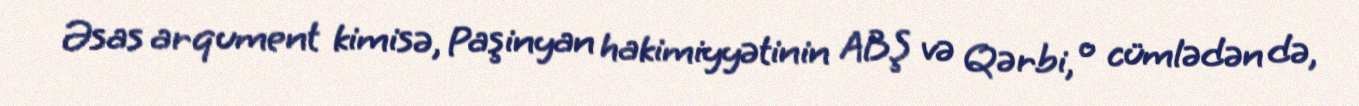
Əsas arqument kimisə, Paşinyan hakimiyyətinin ABŞ və Qərbi, o cümlədən də,